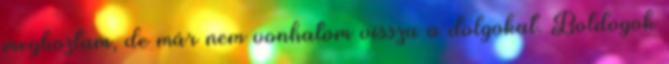
meghoztam, de már nem vonhatom vissza a dolgokat. Boldogok